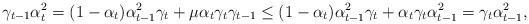
LaTeX: \begin{align*}\gamma_{t-1}\alpha_t^2=(1-\alpha_t)\alpha_{t-1}^2\gamma_t+\mu\alpha_t\gamma_t\gamma_{t-1}\leq(1-\alpha_t)\alpha_{t-1}^2\gamma_t+\alpha_t\gamma_t\alpha_{t-1}^2=\gamma_t\alpha_{t-1}^2,\end{align*}